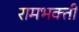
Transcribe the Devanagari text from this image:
रामभक्ती